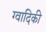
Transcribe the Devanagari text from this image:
ग्वादिकी